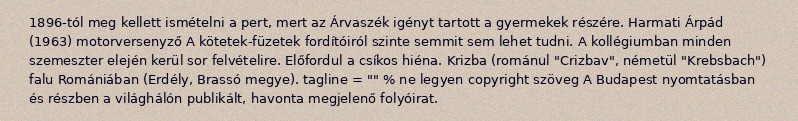
1896-tól meg kellett ismételni a pert, mert az Árvaszék igényt tartott a gyermekek részére. Harmati Árpád (1963) motorversenyző A kötetek-füzetek fordítóiról szinte semmit sem lehet tudni. A kollégiumban minden szemeszter elején kerül sor felvételire. Előfordul a csíkos hiéna. Krizba (románul "Crizbav", németül "Krebsbach") falu Romániában (Erdély, Brassó megye). tagline = "" % ne legyen copyright szöveg A Budapest nyomtatásban és részben a világhálón publikált, havonta megjelenő folyóirat.